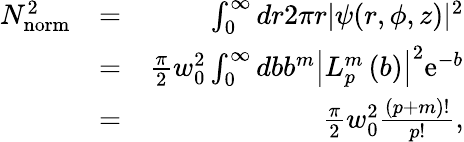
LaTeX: \begin{array}{rlr}{N_{\mathrm{norm}}^{2}}&{=}&{\int_{0}^{\infty}dr2\pi r|\psi(r,\phi,z)|^{2}}\\ &{=}&{\frac{\pi}{2}w_{0}^{2}\int_{0}^{\infty}dbb^{m}\left|L_{p}^{m}\left(b\right)\right|^{2}\mathrm{e}^{-b}}\\ &{=}&{\frac{\pi}{2}w_{0}^{2}\frac{(p+m)!}{p!},}\end{array}